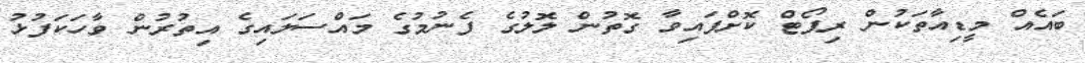
ބައެއް މީޑިއާތަކުން ރިޕޯޓް ކޮށްފައިވާ ގޮތުން ލޮލުގެ ފެނުމުގެ މައްސަލައިގެ އިތުރުން ވާހަކަފުޅު